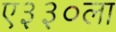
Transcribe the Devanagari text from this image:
ए३३०ला